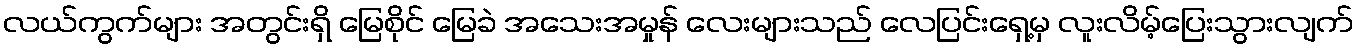
လယ်ကွက်များ အတွင်းရှိ မြေစိုင် မြေခဲ အသေးအမှုန် လေးများသည် လေပြင်းရှေ့မှ လူးလိမ့်ပြေးသွားလျက်